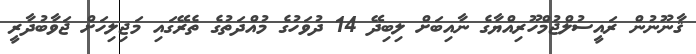
ޤާނޫނުން ރައީސުލްޖުމްހޫރިއްޔާގެ ނާއިބަށް ލިބިދޭ 14 ދުވަހުގެ މުއްދަތުގެ ތެރޭގައި މަޖިލިހަށް ޖަވާބުދާރީ